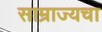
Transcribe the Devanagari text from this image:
साम्राज्यचा